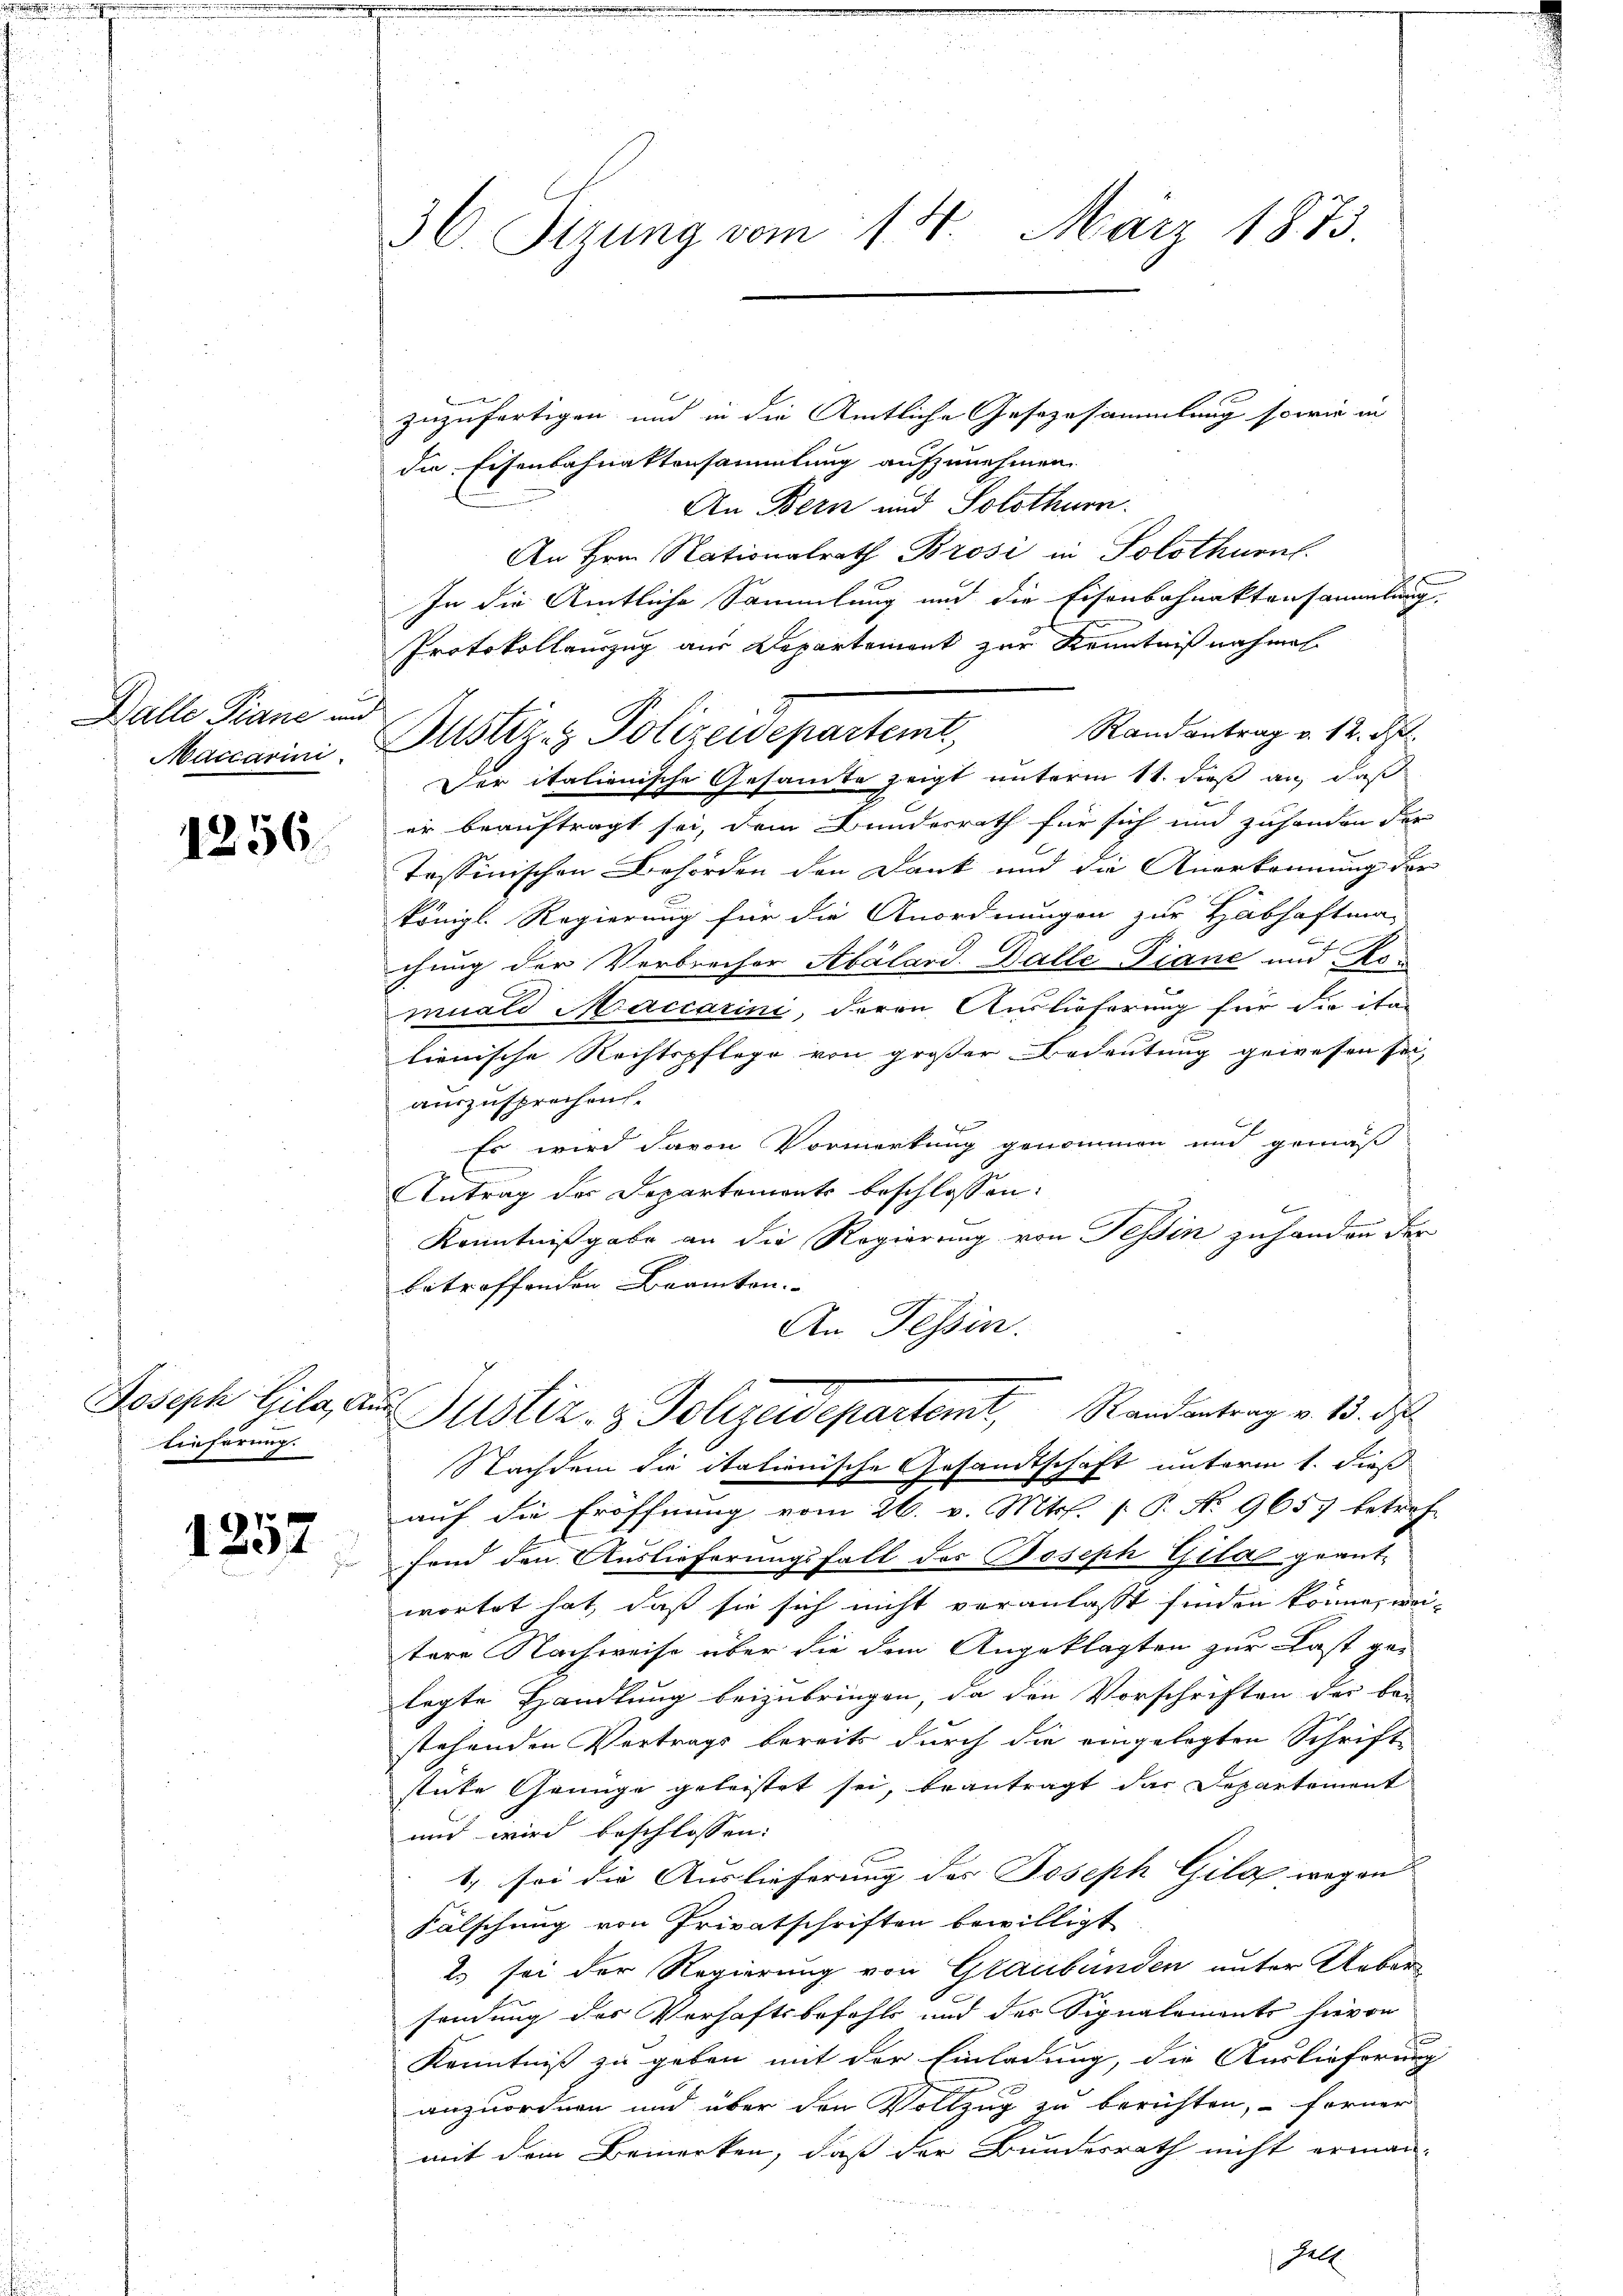
Balle Piane und
Maccarini

1256.

lieferung.

1257
u

36. Sizung vom 14. März 1873.

zuzufertigen, und in die Amtliche Gesezesammlung sowie in
die Eisenbahnaktensammlung aufzunehmen.
An Bern und Solothurn.
An Hrn. Nationalrath Brosi in Solothurn.
In die Amtliche Sammlung und die Eisenbahnaktensammlung.
Protokollauszug aus Departement zur Kenntnißnahmen
Randantrag v. 12. Sept.
Der italienische Gesammte zeigt unterm 11. dieß an, daß
er beauftragt sei, dem Bundesrath für sich und zuhanden der
Tessinischen Behörden den Dank und die Anerkennung der
königl. Regierung für die Anordnungen zur Habhaftma-
chung der Verbrecher Abálard. Balle Fiane und Kon
muard Maccarini, deren Auslieferung für die ita
lienische Rechtspflege von großer Bedeutung gewesen sei,
auszusprechen.
Es wird davon Vormerkung genommen und gemäß
Antrag der Departements beschlossen:
Kenntnißgabe an die Regierung von Tessin zuhanden der
betroffenden Beamten. |
An Tessin.

Justiz & Polizeidepartemt

auf die Eröffnung vom 26. v. Mts. f. P. No 9657 betref
fond den Auslieferungsfall des Joseph Gila geant-
wortet hat, daß sie sich nicht veranlaßt finden könne, weitere Nachweise über die dem Angeklagten zur Last ge-
legte Handlung beizubringen, da den Vorschriften der be-
stehenden Vertrags bereits durch die eingelegten Schrift
stüke Genüge geleistet sei, beantragt das Departement
und wird beschlossen:
1. sei die Auslieferung des Joseph Gila wegen
Fälschung von Privatschriften bewilligt
2) sei der Regierung von Graubünden unter Ueber
sendung des Verhaftsbefehls und der Signalements hievon
Kenntniß zu geben mit der Einladung, die Auslieferung
anzuordnen und über den Vollzug zu berichten, – ferner
mit dem Bemerken, daß der Bundesrath nicht erman¬
Hell

Joseph Gila, aus Justiz- & Polizeidepartemt, Randantrag v. 15. d
Nachdem die italienische Gesandtschaft unterm 1. dieß

8